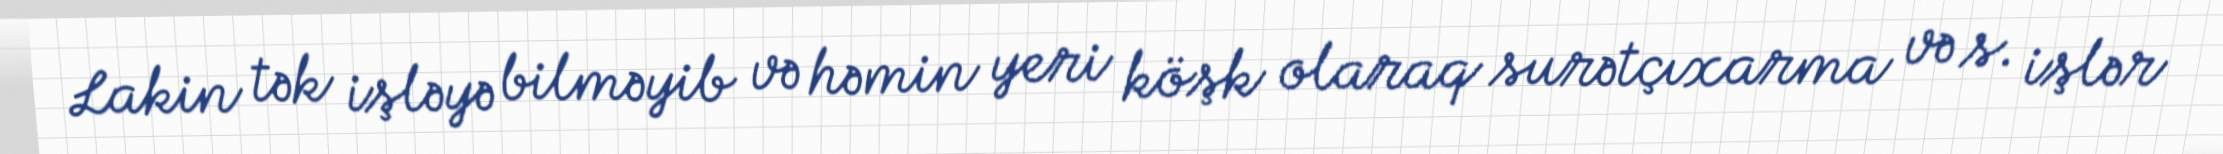
Lakin tək işləyə bilməyib və həmin yeri köşk olaraq surətçıxarma və s. işlər